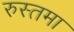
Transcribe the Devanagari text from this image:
रुस्तमा